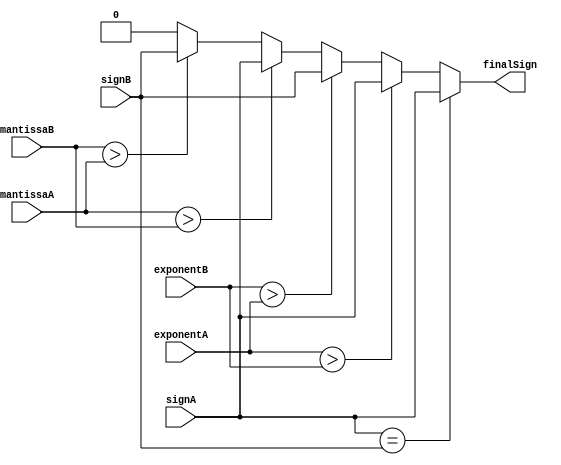

module signDetection(signA,signB,exponentA,exponentB,mantissaA,mantissaB,finalSign);  

input signA,signB;
input [7:0] exponentA,exponentB;
input [22:0] mantissaA,mantissaB;
output reg finalSign;

always @(*) begin
    finalSign = 0;
    if(signA == signB) begin
        finalSign = signA;
    end
    else begin
        if(exponentA > exponentB) begin
            finalSign = signA;
        end
        else if (exponentB > exponentA) begin
            finalSign = signB;
        end
        else begin
            if(mantissaA > mantissaB) begin
                finalSign = signA;
            end
            else if (mantissaB > mantissaA) begin
                finalSign = signB;
            end
        end
    end
end

endmodule